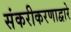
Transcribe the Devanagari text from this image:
संकरीकरणाद्वारे